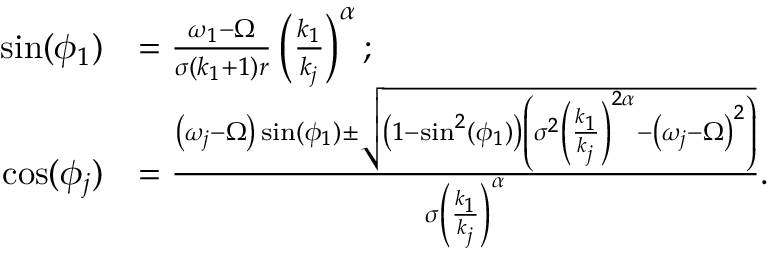
\begin{array} { r l } { \sin ( \phi _ { 1 } ) } & { = \frac { \omega _ { 1 } - \Omega } { \sigma \left( k _ { 1 } + 1 \right) r } \left( \frac { k _ { 1 } } { k _ { j } } \right) ^ { \alpha } ; } \\ { \cos ( \phi _ { j } ) } & { = \frac { \left( \omega _ { j } - \Omega \right) \sin ( \phi _ { 1 } ) \pm \sqrt { \left( 1 - \sin ^ { 2 } ( \phi _ { 1 } ) \right) \left( \sigma ^ { 2 } \left( \frac { k _ { 1 } } { k _ { j } } \right) ^ { 2 \alpha } - \left( \omega _ { j } - \Omega \right) ^ { 2 } \right) } } { \sigma \left( \frac { k _ { 1 } } { k _ { j } } \right) ^ { \alpha } } . } \end{array}